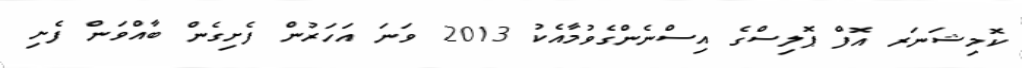
ކޮމިޝަނަރ އޮފް ޕޮލިސްގެ އިސްނެންގެވުމާއެކު 2013 ވަނަ އަހަރުން ފެށިގެން ބާއްވަން ފެށި